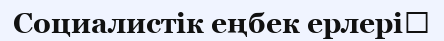
Социалистік еңбек ерлері‎